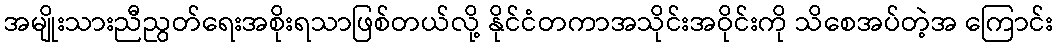
အမျိုးသားညီညွတ်ရေးအစိုးရသာဖြစ်တယ်လို့ နိုင်ငံတကာအသိုင်းအဝိုင်းကို သိစေအပ်တဲ့အ ကြောင်း